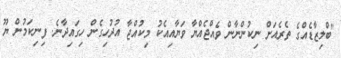
"ބްލިޒާޑެއްގެ ތެރެއަށް ނިކުންނާން ވެއްޖެއްޔާ ވަޔާއިއެކު މިކުއްޖާ އުދުހިގެން ހިގައިދާނެ. ފިނިކަމުން ޔޫ